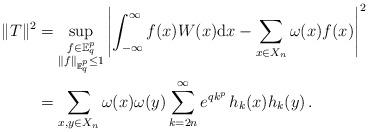
LaTeX: \begin{align*}\|T\|^2 &=\sup_{\substack{f\in \mathbb{E}^{p}_{q} \\ \|f\|_{\mathbb{E}^{p}_{q}}\leq 1}}\left|\int_{-\infty}^\infty f(x) W(x)\mathrm{d}x-\sum_{x\in X_n}\omega(x) f(x) \right|^2 \\ &= \sum_{x,y\in X_n}\omega(x)\omega(y) \sum_{k=2n}^\infty e^{qk^p}\, h_{k}(x)h_{k}(y)\, . \end{align*}